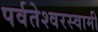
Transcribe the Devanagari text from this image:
पर्वतेश्‍वरस्वामी